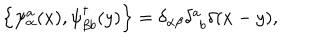
LaTeX: \left\{ \psi _ { \alpha } ^ { a } ( x ) , \psi _ { \beta b } ^ { \dagger } ( y ) \right\} = \delta _ { \alpha \beta } \delta _ { \phantom { a } b } ^ { a } \delta ( x - y ) ,